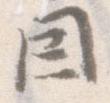
因